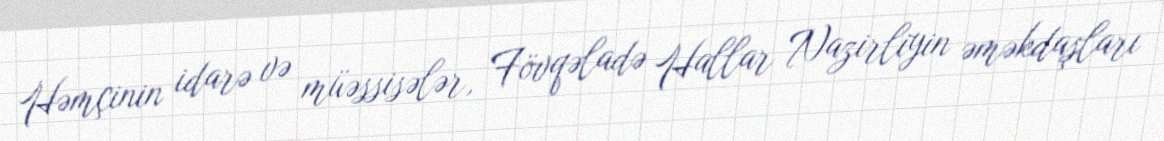
Həmçinin idarə və müəssisələr, Fövqəladə Hallar Nazirliyin əməkdaşları